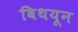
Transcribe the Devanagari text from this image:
बिथयून